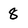
Character: 8